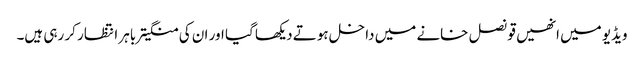
ویڈیو میں انھیں قونصل خانے میں داخل ہوتے دیکھا گیا اور ان کی منگیتر باہر انتظار کر رہی ہیں۔